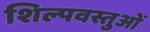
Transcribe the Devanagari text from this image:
शिल्पवस्तुओं